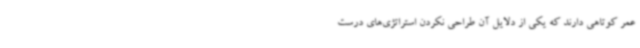
عمر کوتاهی دارند که یکی از دلایل آن طراحی نکردن استراتژی‌های درست